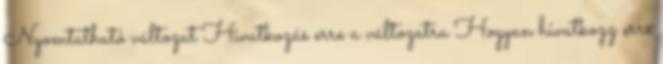
Nyomtatható változat Hivatkozás erre a változatra Hogyan hivatkozz erre